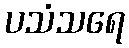
ပသံသရေ